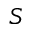
S